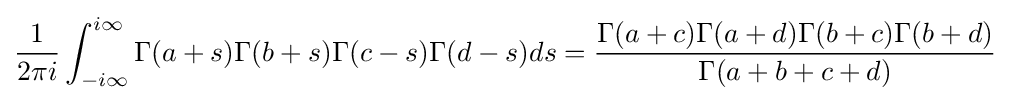
{\frac {1}{2\pi i}}\int _{-i\infty }^{i\infty }\Gamma (a+s)\Gamma (b+s)\Gamma (c-s)\Gamma (d-s)ds={\frac {\Gamma (a+c)\Gamma (a+d)\Gamma (b+c)\Gamma (b+d)}{\Gamma (a+b+c+d)}}